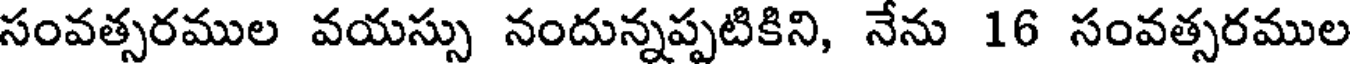
సంవత్సరముల వయస్సు నందున్నప్పటికిని, నేను 16 సంవత్సరముల